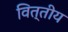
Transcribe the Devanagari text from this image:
वित्तीय